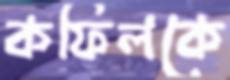
কফিলকে